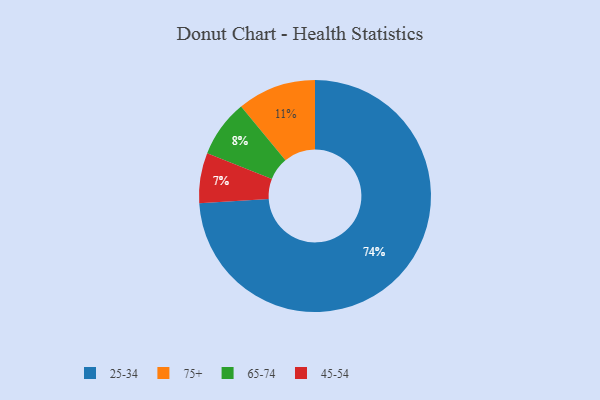
{"axis": {"x": "Category", "y": "Percentage"}, "legend": ["25-34", "45-54", "65-74", "75+"], "data": [{"x": "45-54", "y": 7, "type": "45-54"}, {"x": "65-74", "y": 8, "type": "65-74"}, {"x": "75+", "y": 11, "type": "75+"}, {"x": "25-34", "y": 74, "type": "25-34"}]}